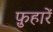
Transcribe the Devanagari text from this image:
फ़ुहारें